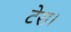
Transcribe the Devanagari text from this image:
टेरा।